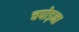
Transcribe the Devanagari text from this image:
चपोड़ना